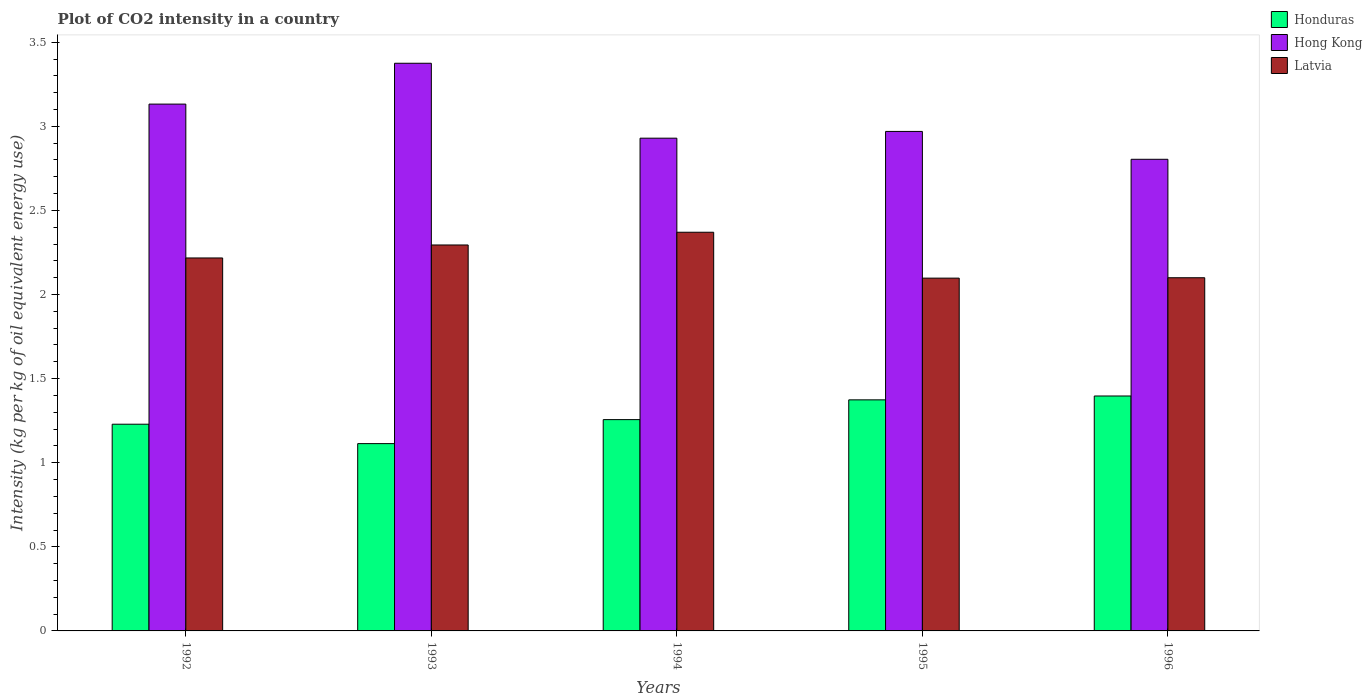
| Years | Honduras | Hong Kong | Latvia |
 | --- | --- | --- | --- |
 | 1992 | 1.23 | 3.13 | 2.22 |
 | 1993 | 1.11 | 3.38 | 2.29 |
 | 1994 | 1.26 | 2.93 | 2.37 |
 | 1995 | 1.37 | 2.97 | 2.1 |
 | 1996 | 1.4 | 2.8 | 2.1 |